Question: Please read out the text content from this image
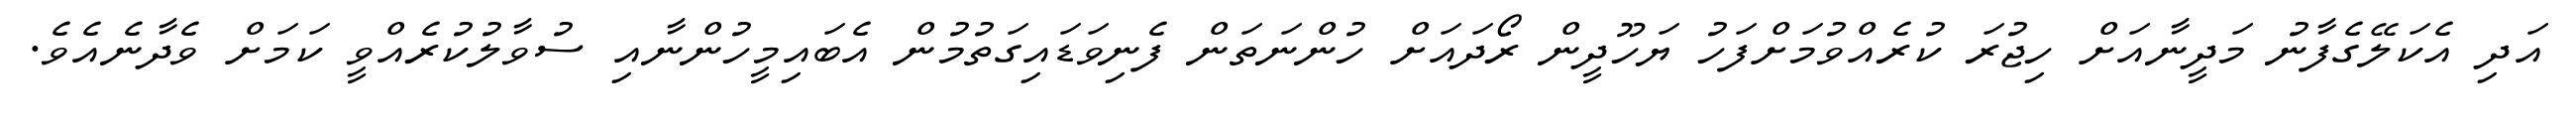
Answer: އަދި އެކަލޭގެފާނު މަދީނާއަށް ހިޖުރަ ކުރެއްވުމަށްފަހު ޔަހޫދީން ރޯދައަށް ހުންނަތަން ފެނިވަޑައިގަތުމުން އެބައިމީހުންނާއި ސުވާލުކުރެއްވީ ކަމަށް ވެދާނެއެވެ.